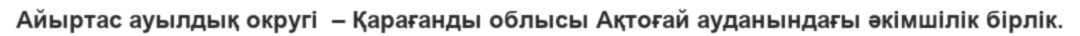
Айыртас ауылдық округі  – Қарағанды облысы Ақтоғай ауданындағы әкімшілік бірлік.